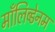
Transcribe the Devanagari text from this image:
माँलिब्डेनम